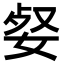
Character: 㛑